Medical and sanitary report of the native army of Madras for the year
Year: 1877
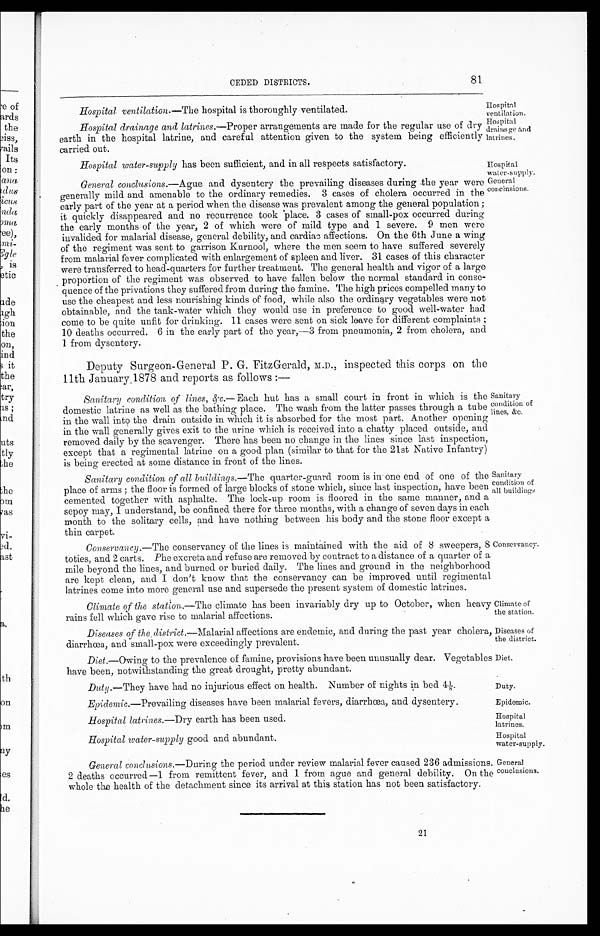
Climate of
the station.
Diseases of
the district.
Diet.
Duty.
Epidemic.
Hospital
latrines.
Hospital
water-supply.
CEDED DISTRICTS.
Hospital ventilation.—The hospital is thoroughly ventilated.
81
Hospital
ventilation.
Hospital
drainage and
latrines.
Hospital drainage and latrines.— Proper arrangements are made for the regular use of dry
earth in the hospital latrine, and careful attention given to the system being efficiently
carried out.
Hospital water-supply has been sufficient, and in all respects satisfactory.
Hospital
water-supp1y.
General conclusions.—Ague and dysentery the prevailing diseases during the year were
generally mild and amenable to the ordinary remedies. 3 cases of cholera occurred in the
early part of the year at a period when the disease was prevalent among the general population;
it quickly disappeared and no recurrence took place. 3 cases of small-pox occurred during
the early months of the year, 2 of which were of mild type and 1 severe. 9 men were
invalided for malarial disease, general debility, and cardiac affections. On the 6th June a wing
of the regiment was sent to garrison Kurnool, where the men seem to have suffered severely
from malarial fever complicated with enlargement of spleen and liver. 31 cases of this character
were transferred to head-quarters for further treatment. The general health and vigor of a large
proportion of the regiment was observed to have fallen below the normal standard in conse-
quence of the privations they suffered from during the famine. The high prices compelled many to
use the cheapest and less nourishing kinds of food, while also the ordinary vegetables were not
obtainable, and the tank-water which they would use in preference to good well-water had
come to be quite unfit for drinking. 11 cases were sent on sick leave for different complaints
10 deaths occurred. 6 in the early part of the year,—3 from pneumonia, 2 from cholera, and
1 from dysentery.
General
conclusions.
Deputy Surgeon-General P.G. FitzGerald, M.D., inspected this corps on the
11th January 1878 and reports as follows:—
Sanitary condition of lines, &c.— Each hut has a small court in front in which is the
domestic latrine as well as the bathing place. The wash from the latter passes through a tube
in the wall into the drain outside in which it is absorbed for the most part. Another opening
in the wall generally gives exit to the urine which is received into a chatty placed outside, and
removed daily by the scavenger. There has been no change in the lines since last inspection,
except that a regimental latrine on a good plan (similar to that for the 21st Native Infantry)
is being erected at some distance in front of the lines.
Sanitary condition of all buildings.— The quarter-guard room is in one end of one of the
place of arms; the floor is formed of large blocks of stone which, since last inspection, have been
cemented together with asphalte. The lock-up room is floored in the same manner, and a
sepoy may, I understand, be confined there for three months, with a change of seven days in each
month to the solitary cells, and have nothing between his body and the stone floor except a
thin carpet.
Sanitary
condition of
lines, &c.
Sanitary
condition of
all buildings
•
Conservancy.— The conservancy of the lines is maintained with the aid of 8 sweepers, 8
toties, and 2 carts. Phe excreta and refuse are removed by contract to a distance of a quarter of a
mile beyond the lines, and burned or buried daily. The lines and ground in the neighborhood
are kept clean, and I don't know that the conservancy can be improved until regimental
latrines come into more general use and supersede the present system of domestic latrines.
Climate of the station.—The climate has been invariably dry up to October, when heavy
rains fell which gave rise to malarial affections.
Diseases of the district.—Malarial affections are endemic, and during the past year cholera,
diarrhœa, and small-pox were exceedingly prevalent.
Diet.—Owing to the prevalence of famine, provisions have been unusually dear. Vegetables
have been, notwithstanding the great drought, pretty abundant.
Duty .—They have had no injurious effect on health. Number of nights in bed 41/8.
Conservancy.
Epidemic.—Prevailing diseases have been malarial fevers, diarrhœa, and dysentery.
Hospital latrines.—Dry earth has been used.
Hospital water-supply good and abundant.
General conclusions.— During the period under review malarial fever caused 236 admissions. General
2 deaths occurred—1 from remittent fever, and 1 from ague and general debility. On the conclusions.
whole the health of the detachment since its arrival at this station has not been satisfactory.
21